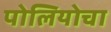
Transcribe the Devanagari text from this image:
पोलियोचा